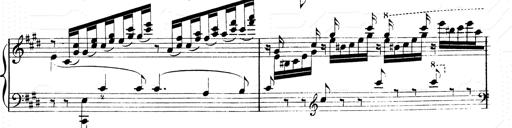
Title: 2 Transcriptions d'aprÃ¨s Rossini
Composer: Franz Liszt